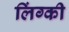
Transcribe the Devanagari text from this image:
लिंग्‍की